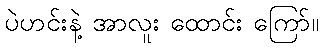
ပဲဟင်းနဲ့ အာလူး ထောင်း ကြော်။